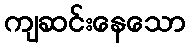
ကျဆင်းနေသော